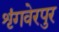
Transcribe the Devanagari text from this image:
शृंगवेरपुर